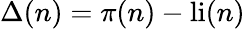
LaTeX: \Delta(n)=\pi(n)-\operatorname{li}(n)